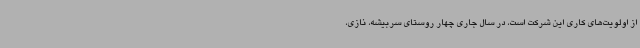
از اولویت‌های کاری این شرکت است، در سال جاری چهار روستای سربیشه، نازی،